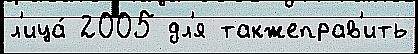
л'ица́ 2005 дл'я такжеправ'ить